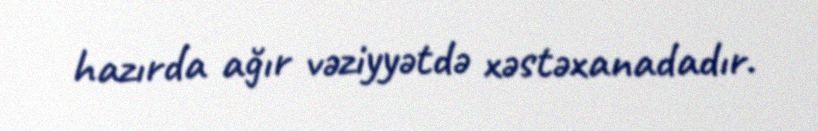
hazırda ağır vəziyyətdə xəstəxanadadır.